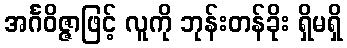
အင်္ဂဝိဇ္ဇာဖြင့် လူကို ဘုန်းတန်ခိုး ရှိမရှိ